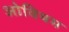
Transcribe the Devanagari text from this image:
ओवियम